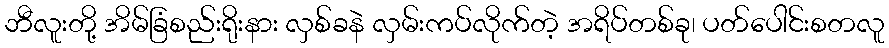
ဘီလူးတို့ အိမ်ခြံစည်းရိုးနား လှစ်ခနဲ လှမ်းကပ်လိုက်တဲ့ အရိပ်တစ်ခု၊ ပတ်ပေါင်းစတလူ